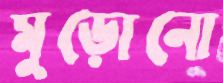
মুড়োনো